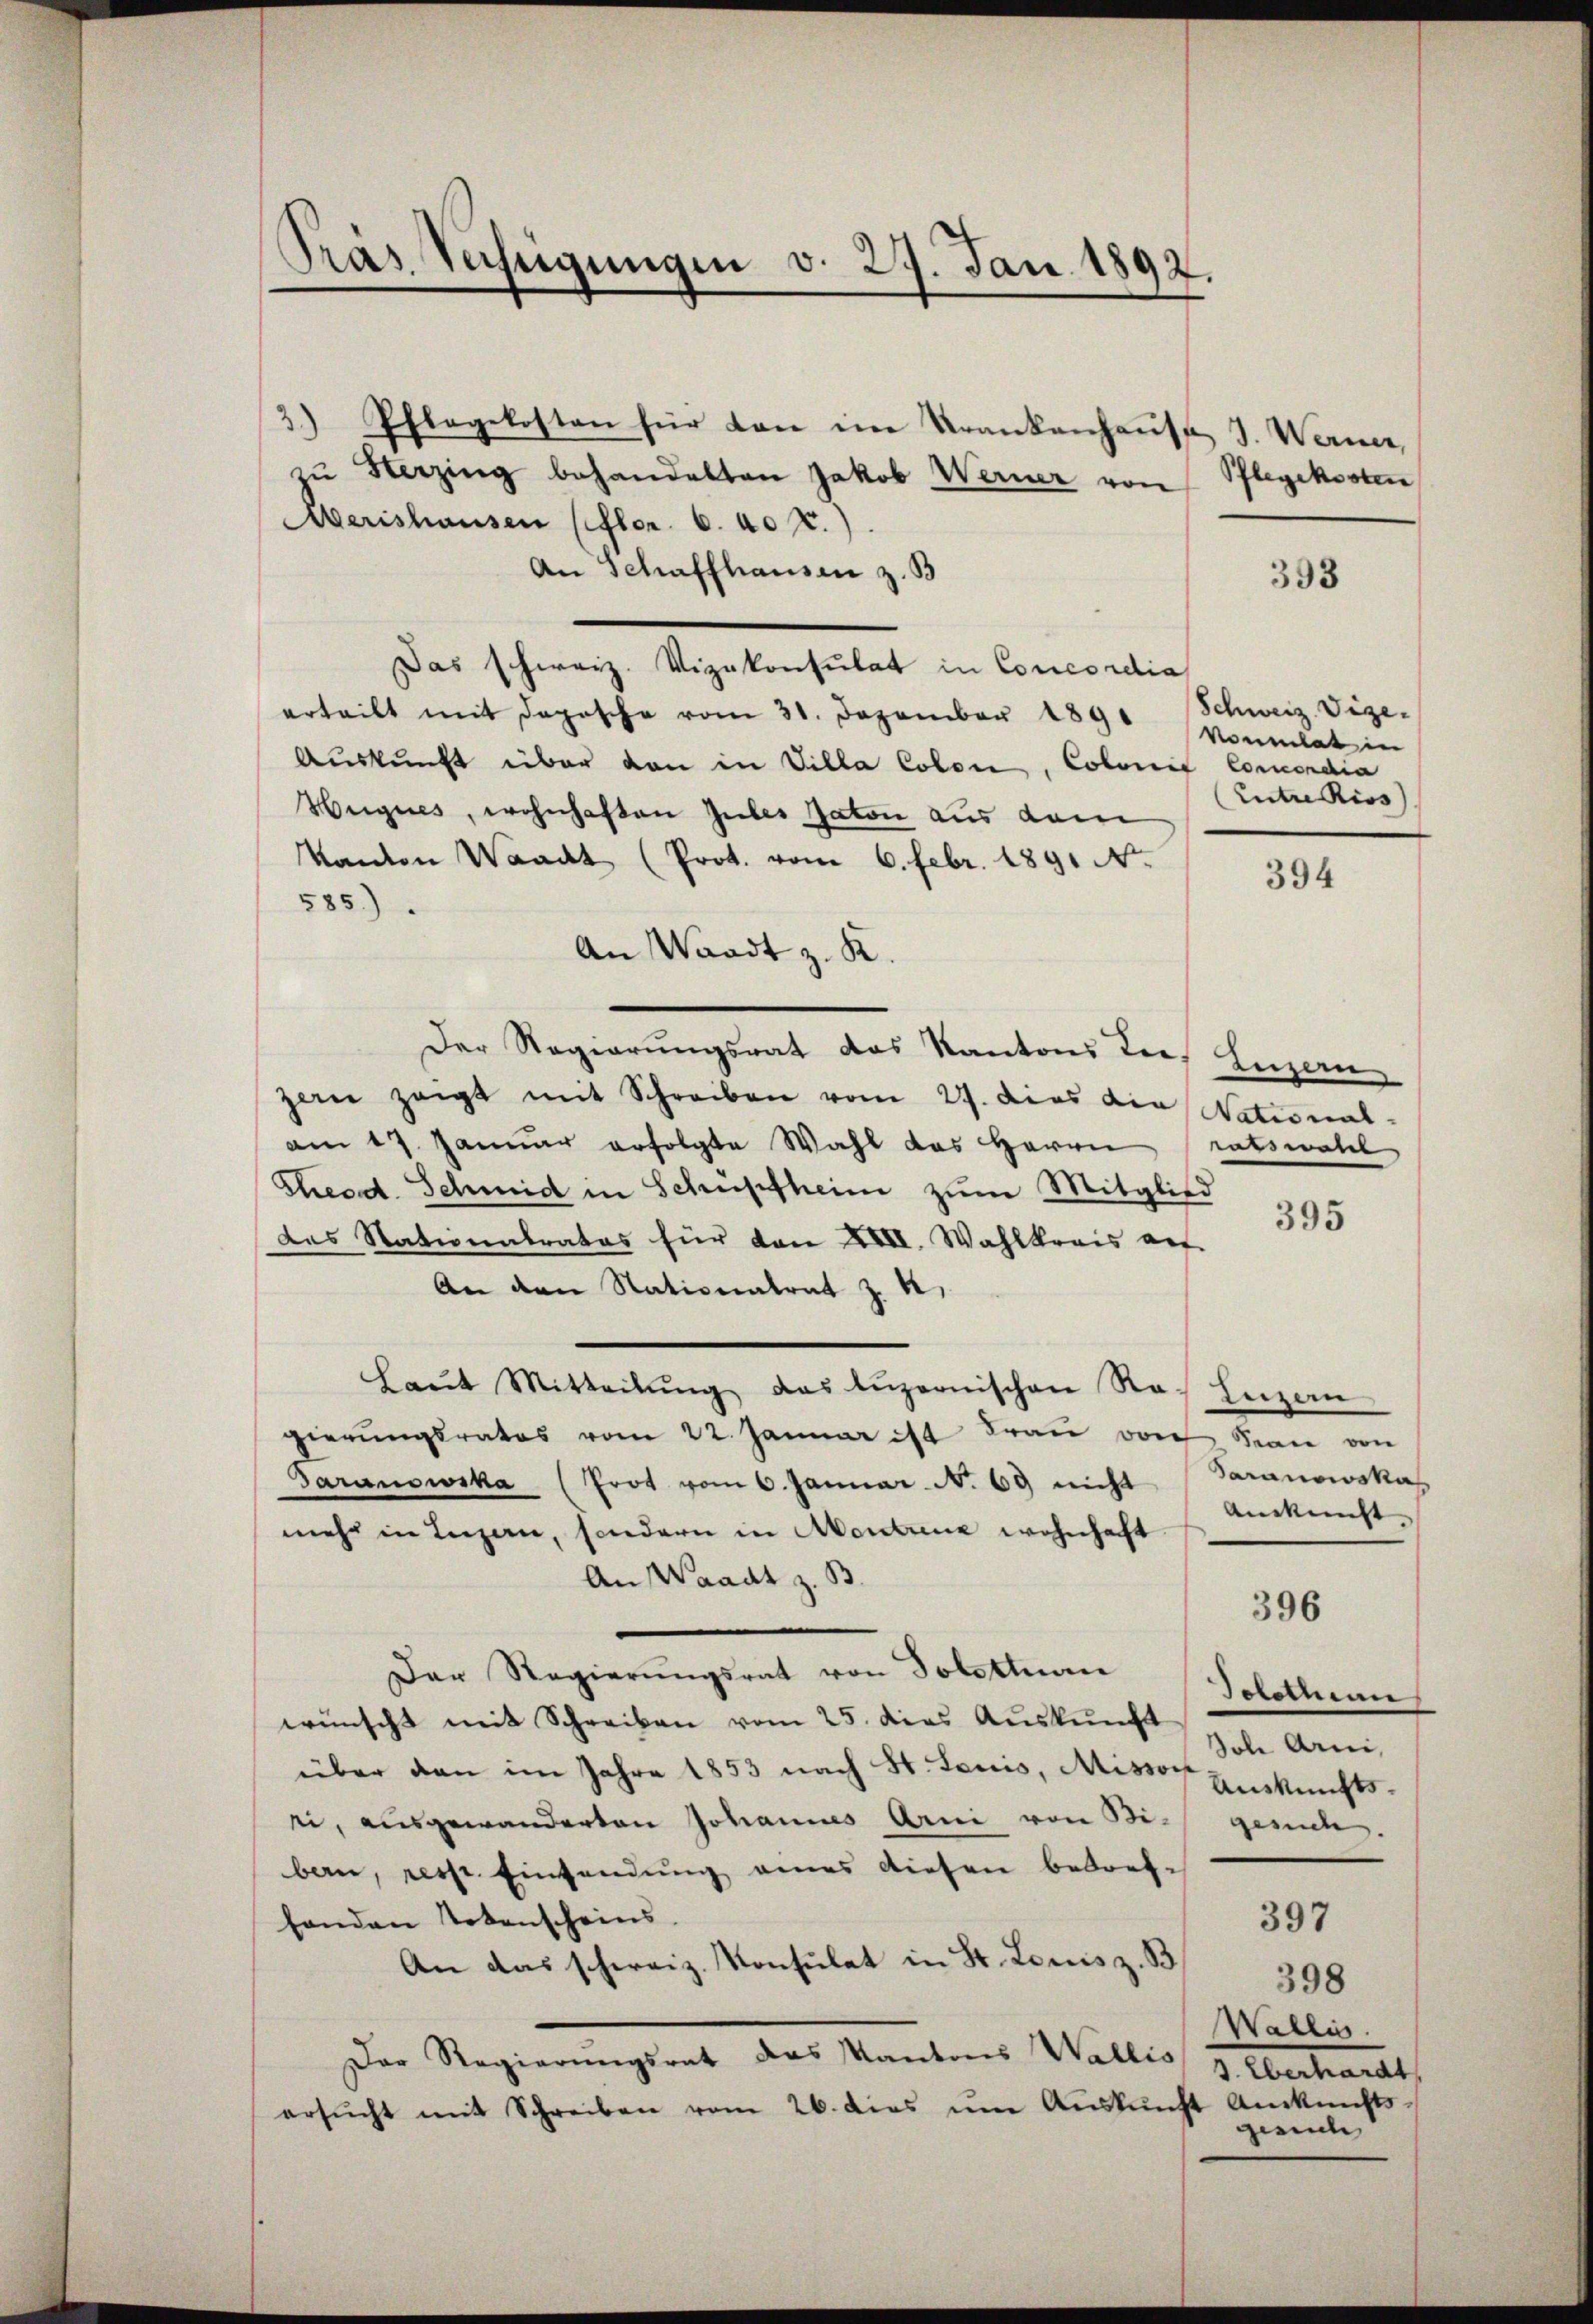
Gras Verfügungen v. 29. Jan. 1892.

3) Pflegekosten für dan im Krankenhaus J. Werner,
zŭ Herzing behandelten Jakob Werner von
Merishausen (flen 6. 407.
An Schaffhausen z. B
Das schweiz. Vizekonsulat in Concordia
erteilt mit doposche vom 31. Dezember 1890 vonmlat in
Auskunft über dan in Villa Colon, Colonit Concordia
Heignes, wohnhaften Gubes Jaton aus dem
kanton Waadt (Prot. vom 6. Febr. 1891 N.
585)
An Waadt z. K.
Der Regierungsrat das Kantons die Luzern
zern zaigt mit Schreiben vom 27. dies die National-
am 17. Januar erfolgte Wahl das Herrn ratswahl
Theod. Schmid in Schüpfheim zum Mitglied
395
das Nationalrates für den XIII. Wahlkreis auf
An den Nationatrat z. B.
Laŭt Mitteilŭng das Lŭzernischen Rath Enzen
gierungsrates vom 22. Januar ist Frau von Frau von
Saranowska (Prot vom 6. Januar N. 69 nicht daranowskas
Auskunft
mehr in Luzern, sondern in Montreux wohnhaft
An Waadt z. B.
396
Der Regierŭngsrat von Soletten Solothurn
wünscht mit Schreiben vom 25. dies Auskunft
Zoli Arni,
über den im Jahre 1853 nach St. Louis, Missor
Auskunftsei, ausgewanderten Johannes Arni von Bi- gesuche.
bern, resp. Einsendŭng eines diesen betreffonden Totenscheins
397
An das schweiz. Konsulat in St. Louis z. B.
398
Wallis.
Der Regierungsrat das Kantons Wallis z. Eberhardt
ersŭcht mit Schreiben vom 26. dies ŭm Aŭskŭnft Ankunfts-
gesuche

Pflegekosten

Schweiz. Vize-
(Untre Riss

394

393